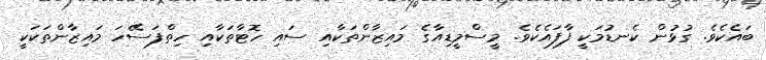
ބައެކެވެ. ގުޅުން ކެނޑުމަކީ ފާފައެކެވެ. މީސްމީޑިއާގެ މައިޒާންތަކާއި ސައި ހޮޓާތަކާއި ހިތްފަސޭހަ މައިޒާންތަކަކީ